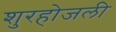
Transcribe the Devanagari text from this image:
शुरहोजली